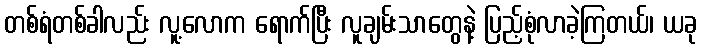
တစ်ရံတစ်ခါလည်း လူ့လောက ရောက်ပြီး လူချမ်းသာတွေနဲ့ ပြည့်စုံလာခဲ့ကြတယ်၊ ယခု